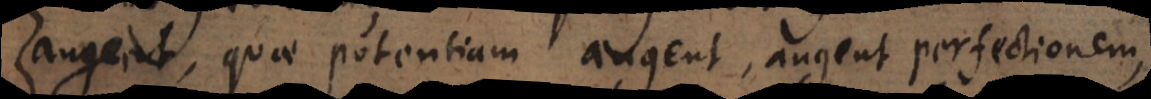
augent, quae potentiam augent, augent perfectionem,